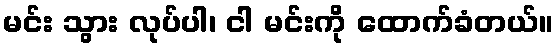
မင်း သွား လုပ်ပါ၊ ငါ မင်းကို ထောက်ခံတယ်။